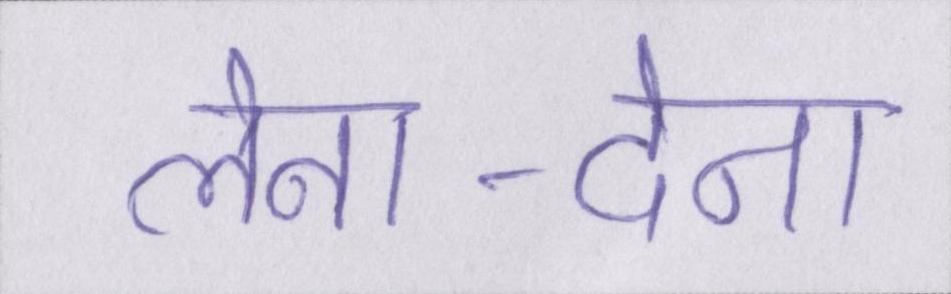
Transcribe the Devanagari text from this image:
लेना-देना